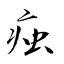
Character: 痋